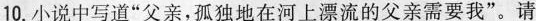
10.小说中写道“父亲,孤独地在河上漂流的父亲需要我”。请